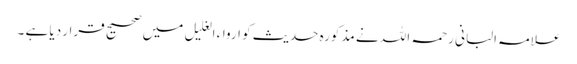
علامہ البانی رحمہ اللہ نے مذکورہ حدیث کو ارواء الغلیل میں صحیح قرار دیا ہے ۔